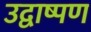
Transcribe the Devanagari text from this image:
उद्वाष्पण